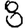
Digit: 8